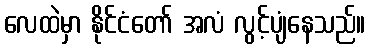
လေထဲမှာ နိုင်ငံတော် အလံ လွင့်ပျံနေသည်။